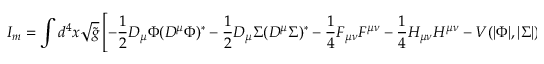
I _ { m } = \int d ^ { 4 } x \sqrt { { \tilde { g } } } \left[ - \frac { 1 } { 2 } D _ { \mu } \Phi ( D ^ { \mu } \Phi ) ^ { * } - \frac { 1 } { 2 } D _ { \mu } \Sigma ( D ^ { \mu } \Sigma ) ^ { * } - \frac { 1 } { 4 } F _ { \mu \nu } F ^ { \mu \nu } - \frac { 1 } { 4 } H _ { \mu \nu } H ^ { \mu \nu } - V ( | \Phi | , | \Sigma | ) \right] ,